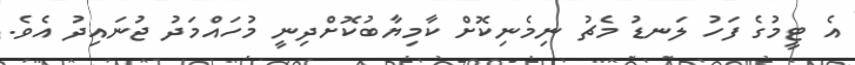
އެ ޓީމުގެ ފަހު ލަނޑު މެޗު ނިމެނިކޮށް ކާމިޔާބުކޮށްދިނީ މުހައްމަދު ޖުނައިދު އެވެ.